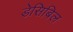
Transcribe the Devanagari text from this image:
डेसिबिल